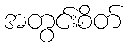
အတွင်းစိတ်